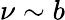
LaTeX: \nu\sim b